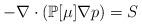
LaTeX: \begin{align*} -\nabla \cdot (\mathbb{P}[\mu]\nabla p)=S\end{align*}